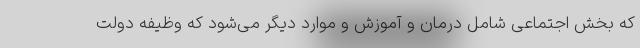
که بخش اجتماعی شامل درمان و آموزش و موارد دیگر می‌شود که وظیفه دولت